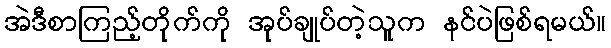
အဲဒီစာကြည့်တိုက်ကို အုပ်ချုပ်တဲ့သူက နင်ပဲဖြစ်ရမယ်။